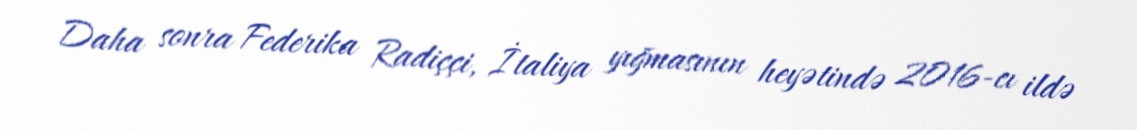
Daha sonra Federika Radiççi, İtaliya yığmasının heyətində 2016-cı ildə